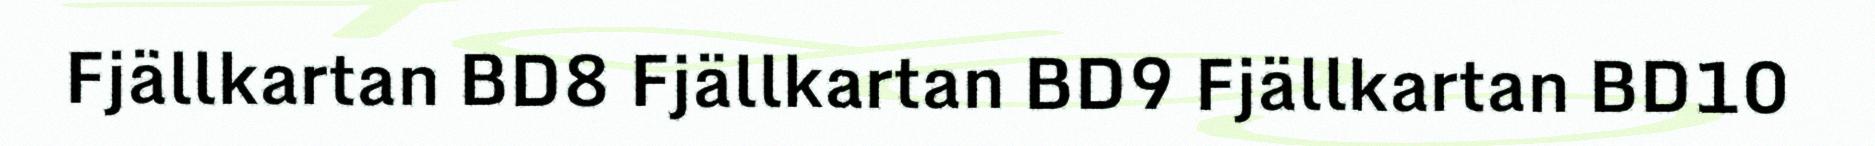
Fjällkartan BD8 Fjällkartan BD9 Fjällkartan BD10